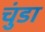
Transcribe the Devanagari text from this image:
चुंडा